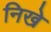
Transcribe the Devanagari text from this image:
निखे